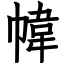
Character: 幃